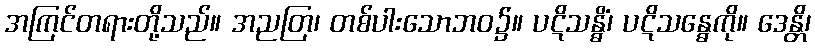
အကြင်တရားတို့သည်။ အညတြ၊ တစ်ပါးသောဘဝ၌။ ပဋိသန္ဓိံ၊ ပဋိသန္ဓေကို။ ဒေန္တိ၊